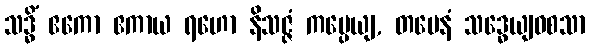
သဒ္ဓိံ ဧကော ဧကာယ ရဟော နိသဇ္ဇံ ကပ္ပေယျ, တမေနံ သဒ္ဓေယျဝစသာ